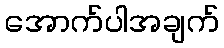
အောက်ပါအချက်